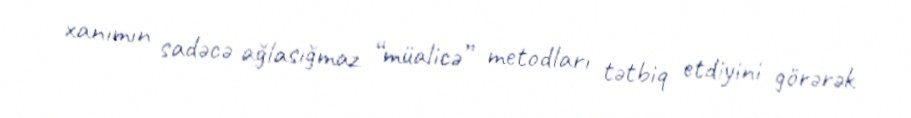
xanımın sadəcə ağlasığmaz “müalicə” metodları tətbiq etdiyini görərək